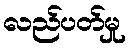
လည်ပတ်မှု